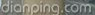
dianping.com